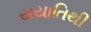
યયાતિથી